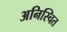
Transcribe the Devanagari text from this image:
अनिस्चित